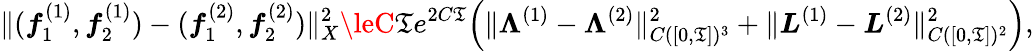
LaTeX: \| (\boldsymbol{f}_{1}^{(1)},\boldsymbol{f}_{2}^{(1)})-(\boldsymbol{f}_{1}^{(2)},\boldsymbol{f}_{2}^{(2)})\| _{X}^{2}\leC\mathfrak{T}e^{2C\mathfrak{T}}\Big(\| \boldsymbol{\Lambda}^{(1)}-\boldsymbol{\Lambda}^{(2)}\| _{C([0,\mathfrak{T}])^{3}}^{2}+\| \boldsymbol{L}^{(1)}-\boldsymbol{L}^{(2)}\| _{C([0,\mathfrak{T}])^{2}}^{2}\Big),